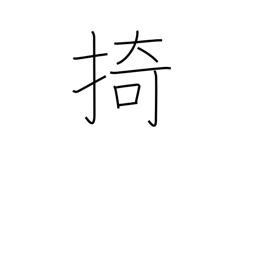
Meaning: hold back